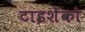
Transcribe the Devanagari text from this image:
टाइशेंको